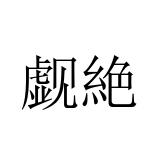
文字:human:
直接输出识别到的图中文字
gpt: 觑絶